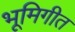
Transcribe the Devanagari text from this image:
भूमिगीत